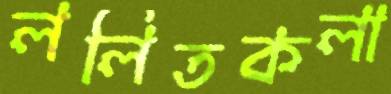
ললিতকলা